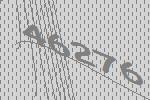
46276